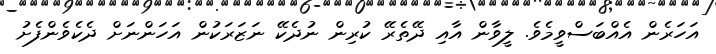
އަހަރެން އެއްބަސްވީމެވެ. ލީވާން އާއި ދޭތެރޭ ކުރިން ނުދެކޭ ނަޒަރަކުން އަހަންނަށް ދެކެވެންފެށު